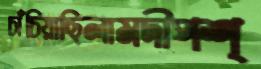
চাঁচিয়াছিলামদীপশ্